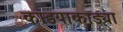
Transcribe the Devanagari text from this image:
काडयाकाड्या